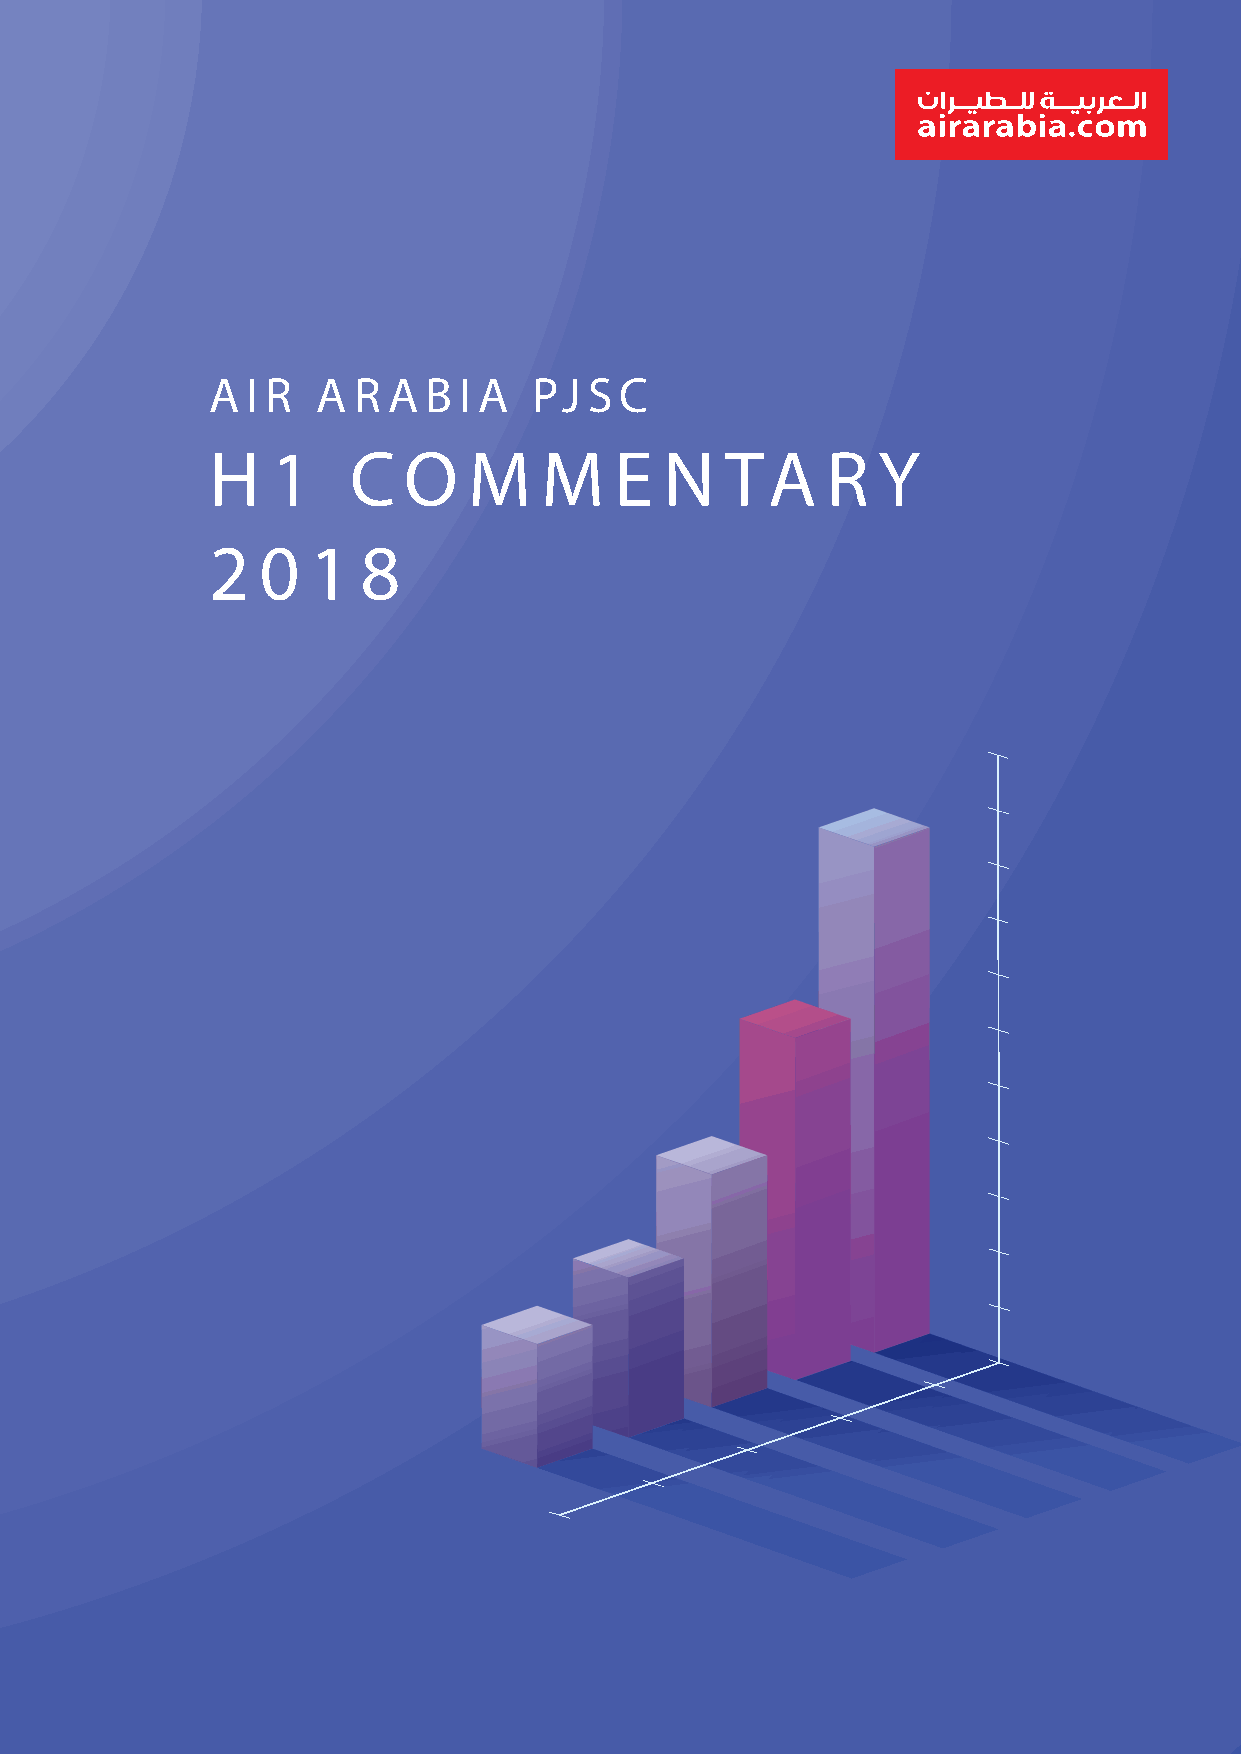
A I R  A R  A B I A  PJ  S C
 H   1    C   O   M    M    E  N   TA     R  Y
 2  0  1   8